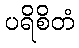
ပရိစိတံ